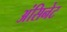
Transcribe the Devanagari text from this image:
अंसिनेट